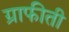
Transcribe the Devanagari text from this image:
ग्राफीती